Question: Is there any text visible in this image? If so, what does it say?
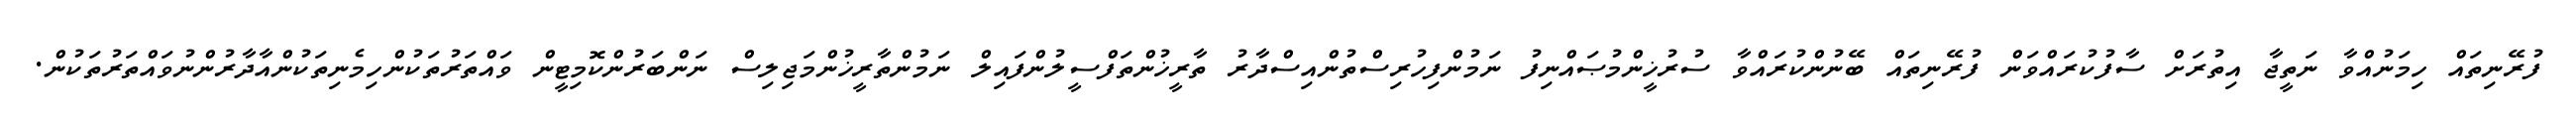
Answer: ފުރޭނިތައް ހިމަނުއްވާ ނަތީޖާ އިތުރަށް ސާފުކުރައްވަން ފުރޭނިތައް ބޭނުންކުރައްވާ ސުރުޚީންމުޞައްނިފު ނަމުންފިހުރިސްތުންއިސްދާރު ތާރީޚުންތަފްސީލުންފައިލް ނަމުންތާރީޚުންމަޖިލިސް ނަންބަރުންކޮމިޓީން ވައްތަރުތަކުންހިމެނިތަކުންއާދާރުންނުވައްތަރުތަކުން.